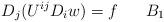
LaTeX: \begin{align*}D_j(U^{ij}D_i w)=f\quad\,\,\,\,B_1\end{align*}